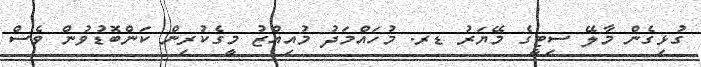
ގުޅިގެން މާލޭ ސިޓީގެ މޭޔަރު ޑރ. މުހައްމަދު މުއިއްޒު މީގެކުރިން ކަންބޮޑުވުން ވެސް